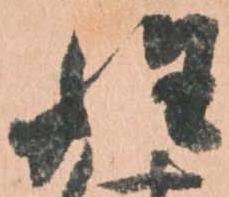
姓